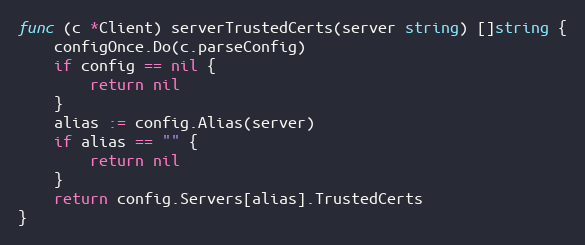
Language: Go
func (c *Client) serverTrustedCerts(server string) []string {
	configOnce.Do(c.parseConfig)
	if config == nil {
		return nil
	}
	alias := config.Alias(server)
	if alias == "" {
		return nil
	}
	return config.Servers[alias].TrustedCerts
}